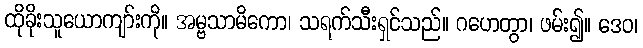
ထိုခိုးသူယောကျာ်းကို။ အမ္ဗသာမိကော၊ သရက်သီးရှင်သည်။ ဂဟေတွာ၊ ဖမ်း၍။ ဒေဝ၊